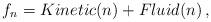
LaTeX: \begin{align*}\begin{aligned}f_n = Kinetic(n) + Fluid (n) \,,\end{aligned}\end{align*}